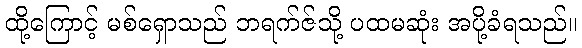
ထို့ကြောင့် မစ်ရှောသည် ဘရက်ဇ်သို့ ပထမဆုံး အပို့ခံရသည်။